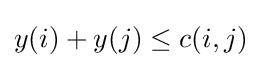
y(i)+y(j)\leq c(i,j)